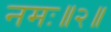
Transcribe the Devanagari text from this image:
नमः॥२॥